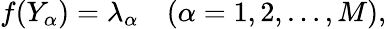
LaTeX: \begin{array}{r}{f(Y_{\alpha})=\lambda_{\alpha}\quad(\alpha=1,2,\dots,M),}\end{array}